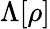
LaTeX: \Lambda[\rho]